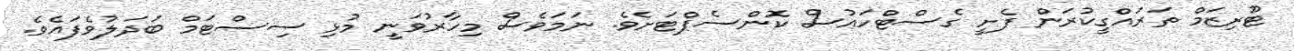
ޓޫރިޒަމް ތަރައްގީކުރަން ފެށީ ގެސްޓްހައުސް ކޮންސެޕްޓަށެެވެ. ނަމަވެސް މިހާރުވަނީ މުޅި ސިސްޓަމް ބަދަލުވެފައެވެ.